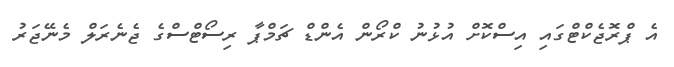
އެ ޕްރޮޖެކްޓްގައި އިސްކޮށް އުޅުނު ކްރޯން އެންޑް ޗަމްޕާ ރިސޯޓްސްގެ ޖެނެރަލް މެނޭޖަރު